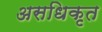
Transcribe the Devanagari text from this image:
असधिकृत